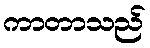
ကာတာသည်